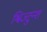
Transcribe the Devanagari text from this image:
श्विज्टुन्श